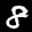
Label: 8